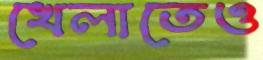
খেলাতেও